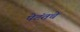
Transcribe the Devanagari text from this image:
पेटंतचे